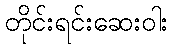
တိုင်းရင်းဆေးဝါး